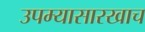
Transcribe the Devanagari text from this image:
उपम्यासारखाच